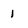
Character: 1